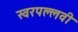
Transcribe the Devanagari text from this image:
स्वरपल्लवी